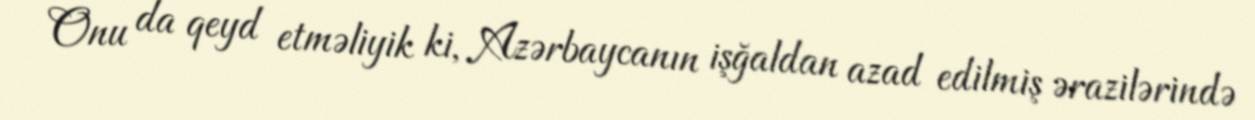
Onu da qeyd etməliyik ki, Azərbaycanın işğaldan azad edilmiş ərazilərində